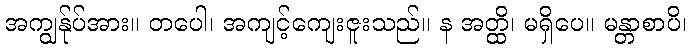
အကျွန်ုပ်အား။ တပေါ၊ အကျင့်ကျေးဇူးသည်။ န အတ္ထိ၊ မရှိပေ။ မန္တာစာပိ၊